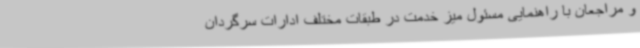
و مراجعان با راهنمایی مسئول میز خدمت در طبقات مختلف ادارات سرگردان